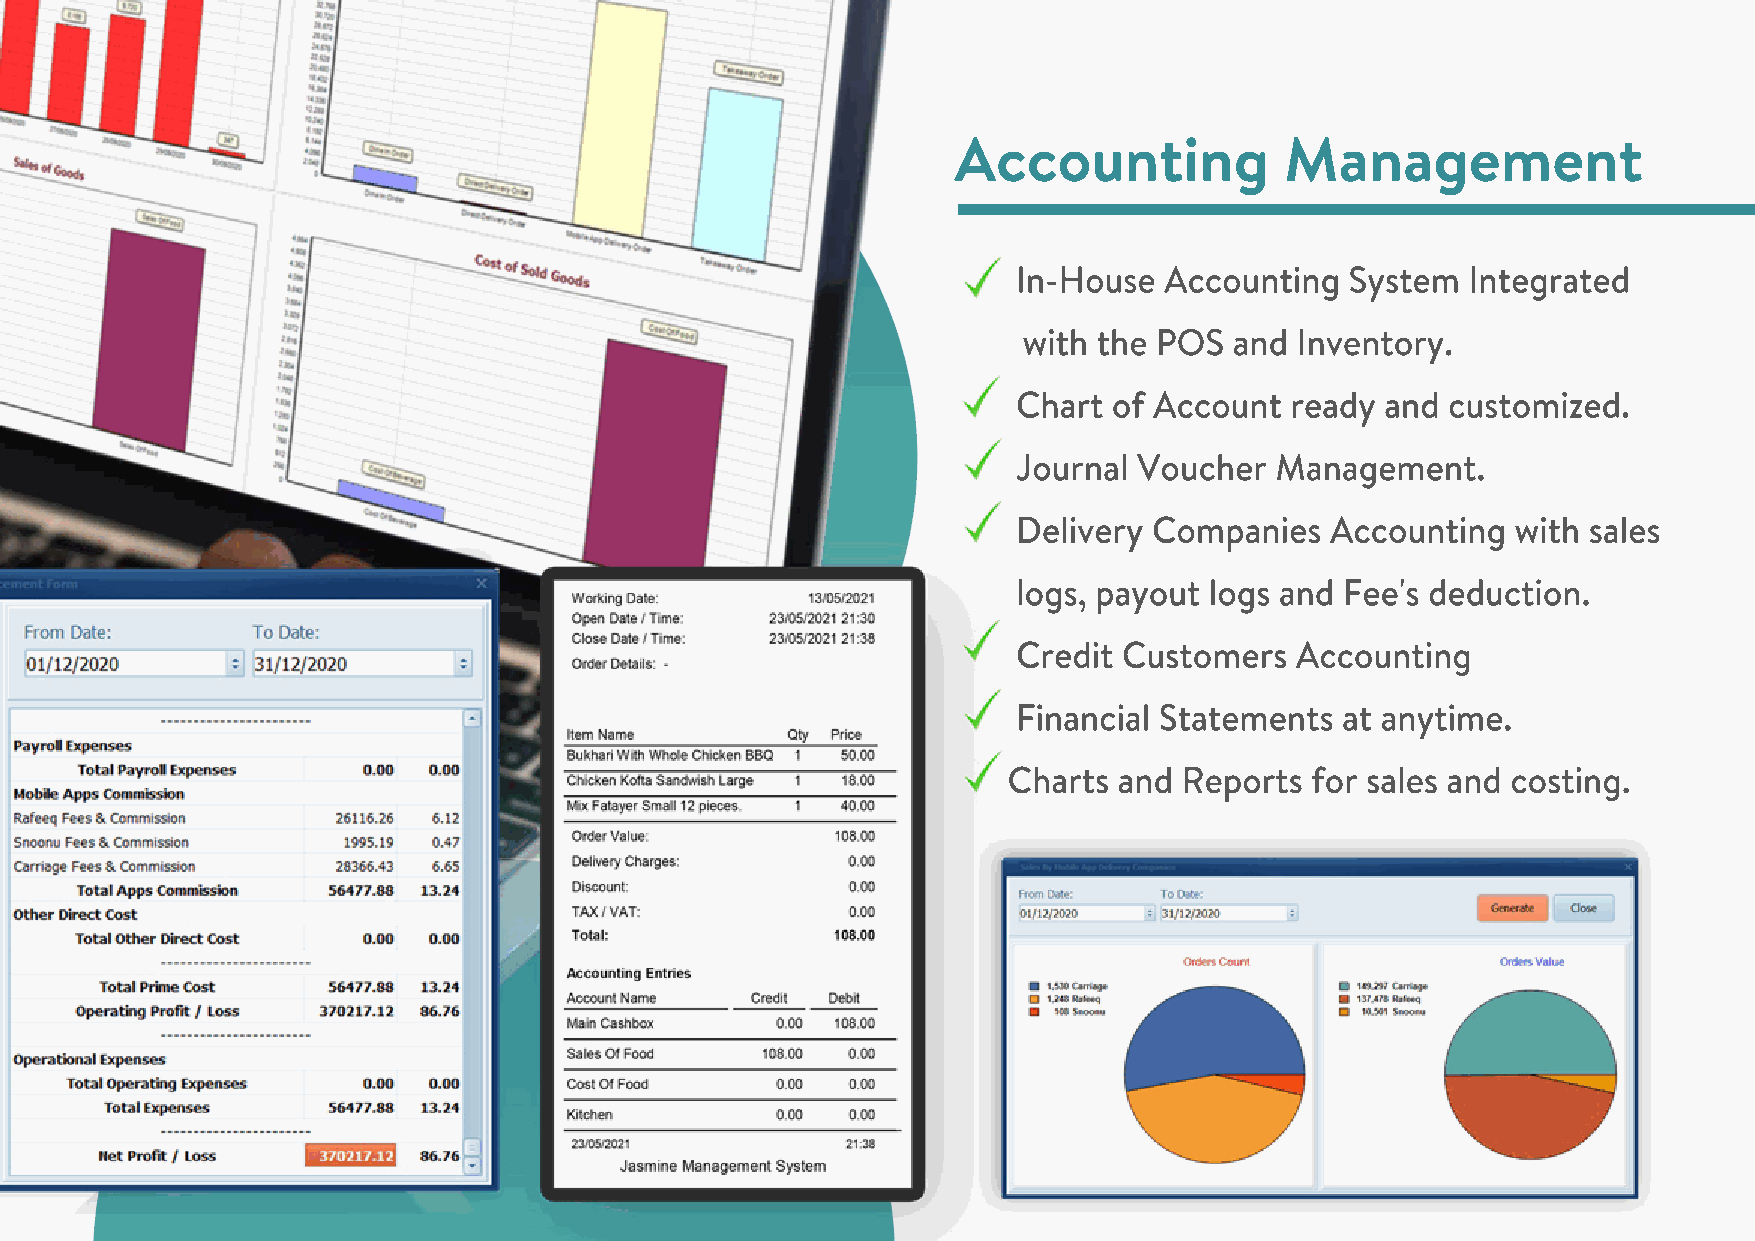
Accounting            Management
 In-House  Accounting  System  Integrated
 with the POS  and Inventory.
 Chart  of Account ready  and customized.
 Journal Voucher  Management.
 Delivery Companies   Accounting  with sales
 logs, payout logs and Fee's deduction.
 CCrreeddiitt CCuussttoommeerrss AAccccoouunnttiinngg
 Financial Statements  at anytime.
 Charts and Reports  for sales and costing.